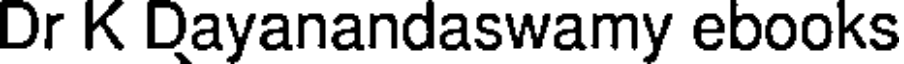
Dr K Dayanandaswamy ebooks